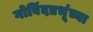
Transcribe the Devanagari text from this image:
गोविंदप्रभूंच्या